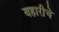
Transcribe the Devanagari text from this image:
बहारीचे